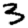
Digit: 3